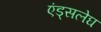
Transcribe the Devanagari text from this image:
एंड्सलेघ